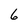
Character: 6